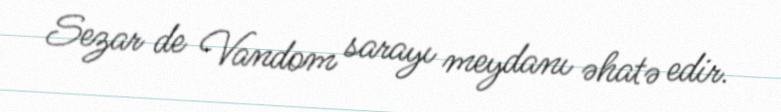
Sezar de Vandom sarayı meydanı əhatə edir.